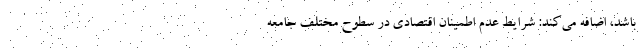
باشد، اضافه می‌کند:‌ شرایط عدم اطمینان اقتصادی در سطوح مختلف جامعه